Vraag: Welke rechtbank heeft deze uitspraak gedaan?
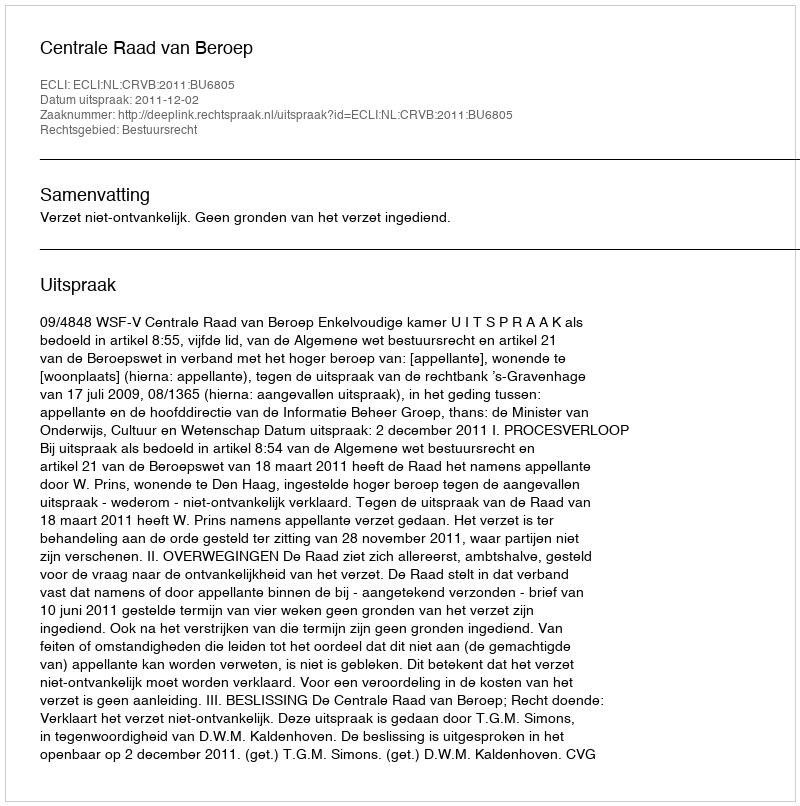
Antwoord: Centrale Raad van Beroep